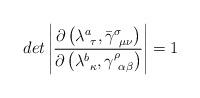
LaTeX: \begin{align*}det \left|\frac{\partial \left( \lambda^a_{~\tau},\bar{\gamma}^\sigma_{~\mu \nu } \right)}{\partial \left( \lambda^b_{~\kappa}, \gamma ^\rho_{~\alpha \beta }\right)} \right| = 1\end{align*}